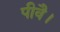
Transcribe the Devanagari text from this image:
पीवै।